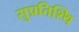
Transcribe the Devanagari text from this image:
सुप्रतिश्थि